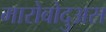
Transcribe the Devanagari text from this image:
मारोबोदुअस